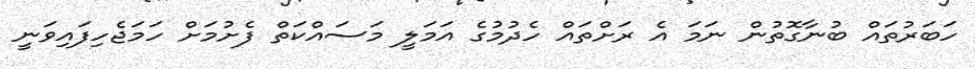
ހަބަރުތައް ބުނާގޮތުން ނަމަ އެ ރަށްތައް ހެދުމުގެ އަމަލީ މަސައްކަތް ފެށުމަށް ހަމަޖެހިފައިވަނީ